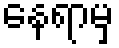
နေရာမှ